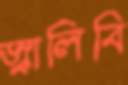
জ্বালিবি